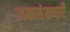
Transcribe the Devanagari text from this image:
जनसंख्याएँ